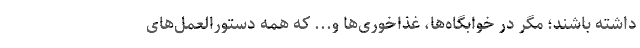
داشته باشند؛ مگر در خوابگاه‌ها، غذاخوری‌ها و... که همه دستورالعمل‌های